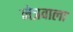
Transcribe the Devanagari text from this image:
नेत्रवाला